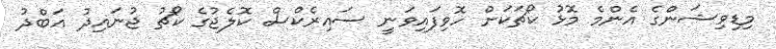
މިޑިވިޝަންގެ އެންމެ މޮޅު ކޯޗަކަށް ހޮވިފައިވަނީ ސައިރެކްސް ކޮލެޖުގެ ކޯޗު ޖުނައިދު އަބްދު